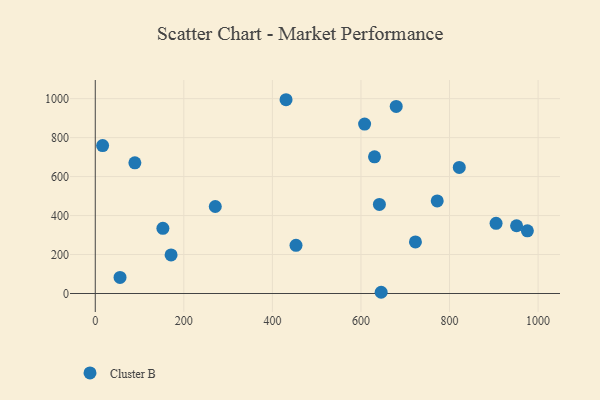
{"axis": {"x": "Speed", "y": "Exam Score"}, "legend": ["Cluster B"], "data": [{"x": "772.2", "y": 475.1, "type": "Cluster B"}, {"x": "645.6", "y": 6.3, "type": "Cluster B"}, {"x": "905.1", "y": 360.0, "type": "Cluster B"}, {"x": "453.3", "y": 247.3, "type": "Cluster B"}, {"x": "630.6", "y": 701.3, "type": "Cluster B"}, {"x": "55.9", "y": 82.5, "type": "Cluster B"}, {"x": "723.0", "y": 264.7, "type": "Cluster B"}, {"x": "430.8", "y": 994.5, "type": "Cluster B"}, {"x": "16.6", "y": 759.0, "type": "Cluster B"}, {"x": "271.0", "y": 446.6, "type": "Cluster B"}, {"x": "171.2", "y": 198.2, "type": "Cluster B"}, {"x": "641.6", "y": 457.4, "type": "Cluster B"}, {"x": "608.2", "y": 869.3, "type": "Cluster B"}, {"x": "89.4", "y": 670.9, "type": "Cluster B"}, {"x": "679.6", "y": 960.0, "type": "Cluster B"}, {"x": "951.4", "y": 347.6, "type": "Cluster B"}, {"x": "975.8", "y": 321.5, "type": "Cluster B"}, {"x": "822.0", "y": 647.2, "type": "Cluster B"}, {"x": "152.7", "y": 334.3, "type": "Cluster B"}]}